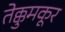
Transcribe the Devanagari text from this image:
तेक्कुमकूर